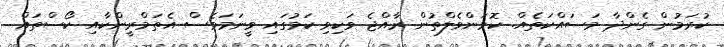
ކުރަމުން ގެންދާ މަސައްކަތެއް. ކޮމަންވެލްތުން ރާއްޖެ ވަކިވި ކަމުގައި ވީނަމަވެސް އެތަމްރީންކާއި ކޯސްތައް